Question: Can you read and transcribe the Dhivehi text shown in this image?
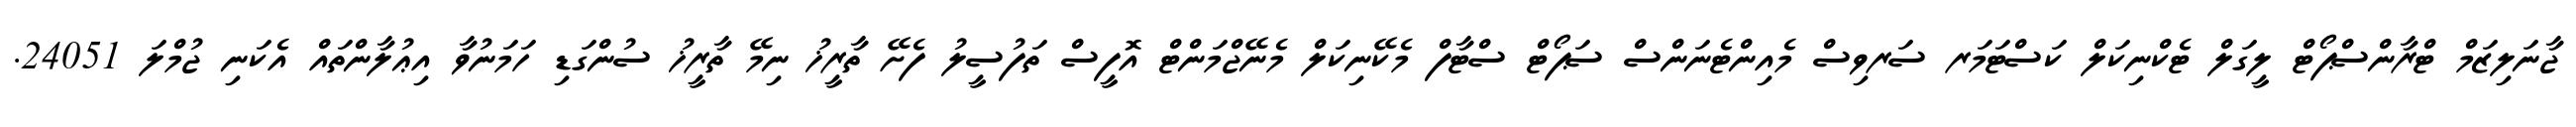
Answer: ޖާނަލިޒަމް ޓްރާންސްޕޯޓް ލީގަލް ޓެކްނިކަލް ކަސްޓަމަރ ސަރވިސް މެއިންޓެނަންސް ސަޕޯޓް ސްޓާފް މެކޭނިކަލް މެނޭޖްމަންޓް އޮފީސް ތަފުސީލު ފެށޭ ތާރީޚު ނިމޭ ތާރީޚު ސުންގަޑި ހަމަނުވާ އިޢުލާންތައް އެކަނި ޖުމްލަ 24051.